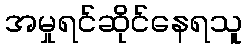
အမှုရင်ဆိုင်နေရသူ